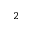
^ { 2 }